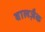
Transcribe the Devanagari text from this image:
बालज़ैक